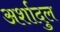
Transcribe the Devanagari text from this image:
अर्शादुल